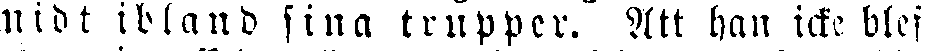
midt ibland sina trupper. Att han icke blef